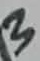
Text: 3